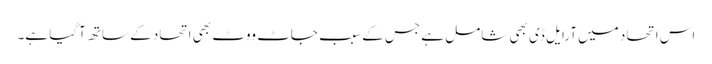
اس اتحاد میں آرایل ڈی بھی شامل ہے جس کے سبب جاٹ ووٹ بھی اتحاد کے ساتھ آگیا ہے۔